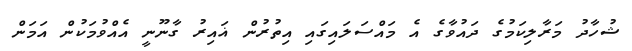
ޝުހާދު މަރާލިކަމުގެ ދައުވާގެ އެ މައްސަލައިގައި އިތުރުން ޣައިރު ގާނޫނީ އެއްވުމަކުން އަމަން